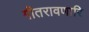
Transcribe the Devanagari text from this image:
गीतरावणारि